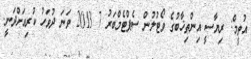
އުތީމް: ރިޔާސީ އިންތިޚާބުގެ ވޯޓުލުން ސެޕްޓެމްބަރު 7 2013 ވަނަ ދުވަހު ކުރިއަށްދަނީ.